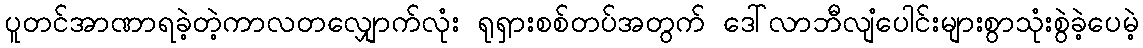
ပူတင်အာဏာရခဲ့တဲ့ကာလတလျှောက်လုံး ရုရှားစစ်တပ်အတွက် ဒေါ်လာဘီလျံပေါင်းများစွာသုံးစွဲခဲ့ပေမဲ့